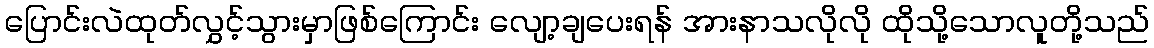
ပြောင်းလဲထုတ်လွှင့်သွားမှာဖြစ်ကြောင်း လျော့ချပေးရန် အားနာသလိုလို ထိုသို့သောလူတို့သည်